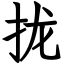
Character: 拢